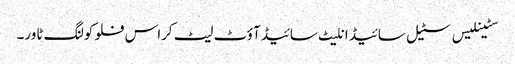
سٹینلیس سٹیل سائیڈ انلیٹ سائیڈ آؤٹ لیٹ کراس فلو کولنگ ٹاور۔